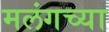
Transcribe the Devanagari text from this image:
मलंगच्या